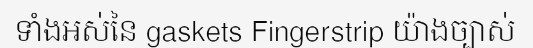
ទាំងអស់នៃ gaskets Fingerstrip យ៉ាងច្បាស់